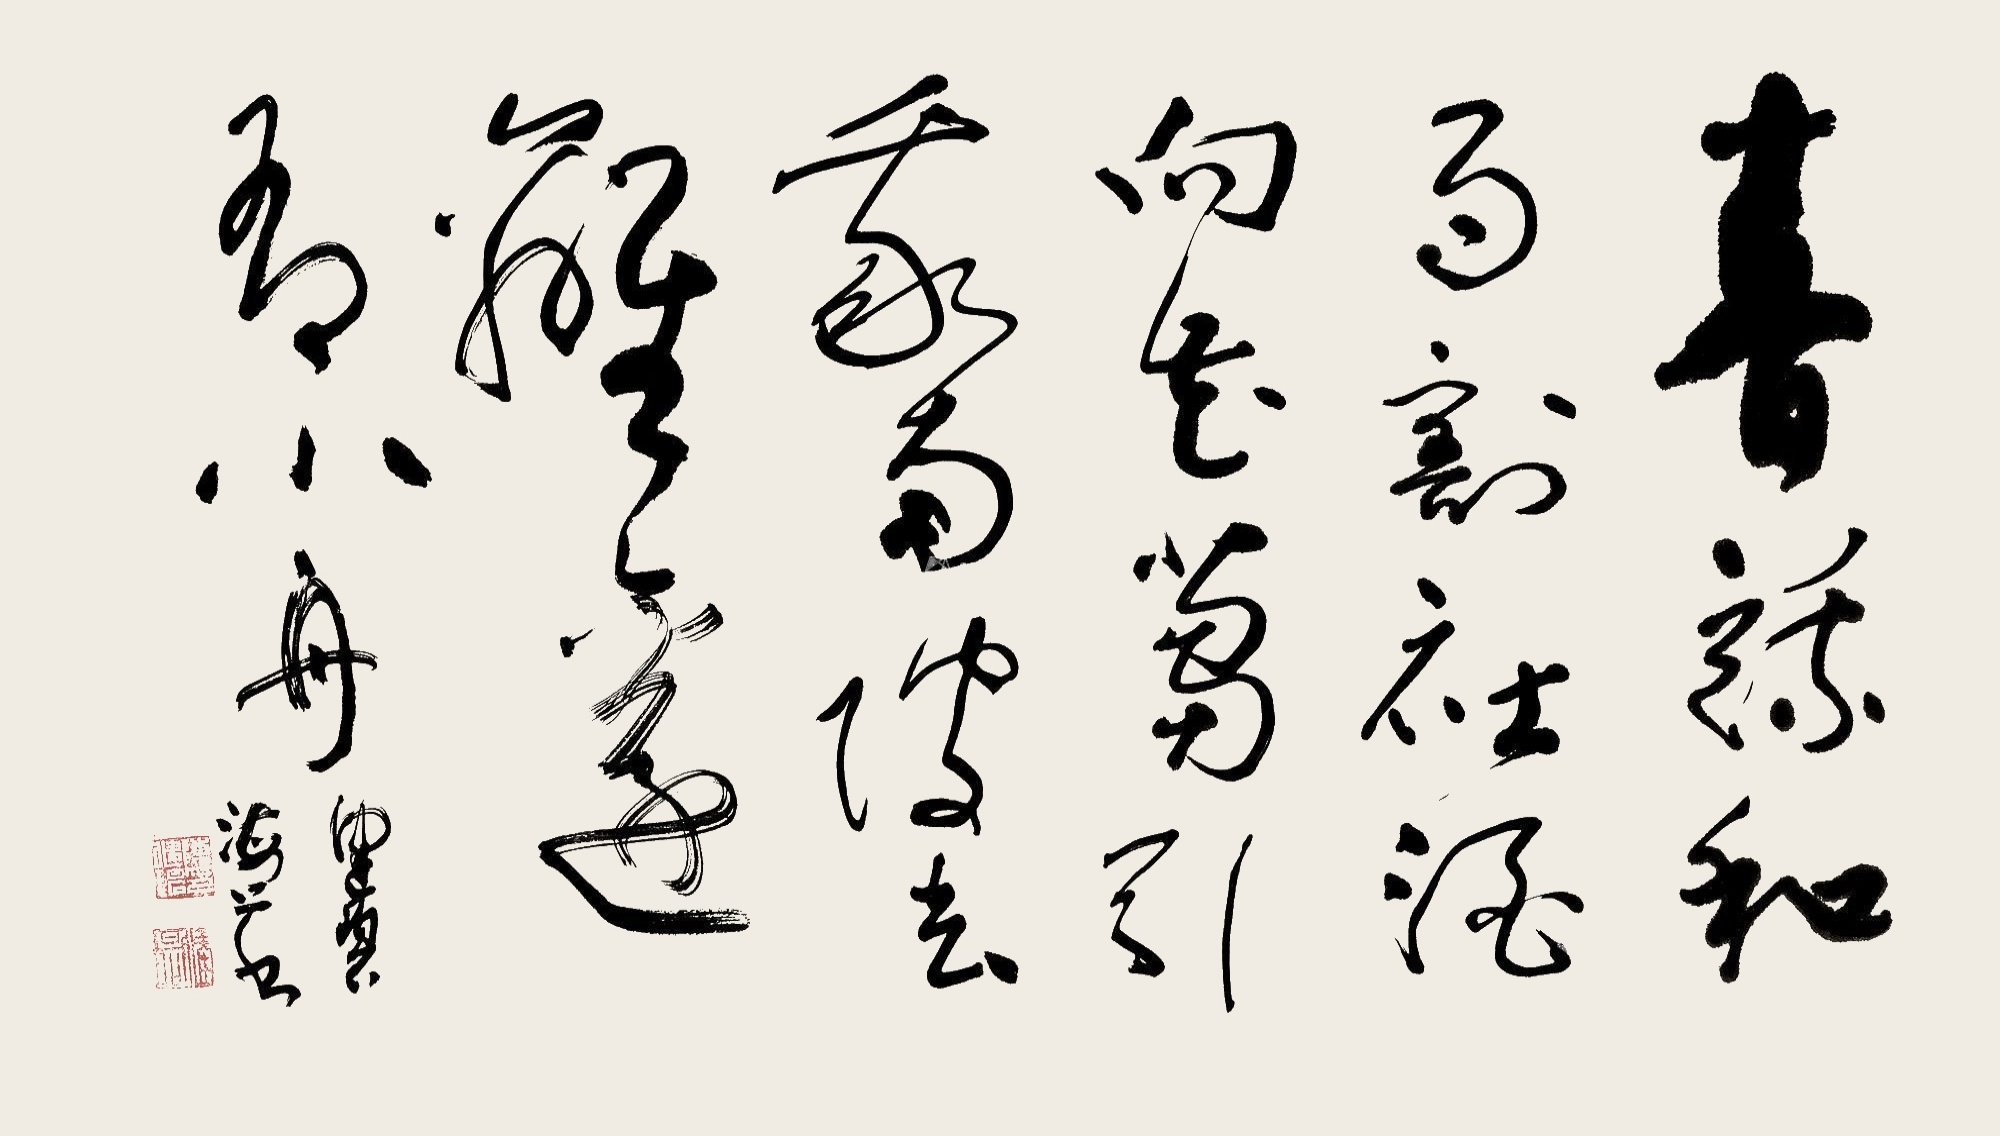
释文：春蔬和雨割，社酒向花𥬠。引我南陂去，篱边有小舟。健碧海上书。